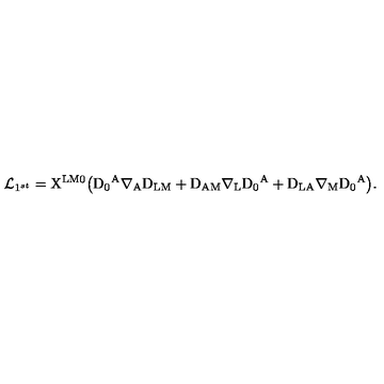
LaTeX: { \cal L } _ { 1 ^ { s t } } = \mathrm { X ^ { L M 0 } \big ( D _ { 0 } { } ^ { A } \nabla _ { A } D _ { L M } + D _ { A M } \nabla _ { L } D _ { 0 } { } ^ { A } + D _ { L A } \nabla _ { M } D _ { 0 } { } ^ { A } \big ) } .